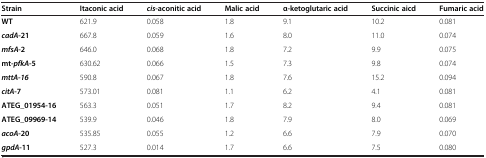
<table><thead><tr><td><b>Strain</b></td><td><b>Itaconic acid</b></td><td><b><i>cis</i>-aconitic acid</b></td><td><b>Malic acid</b></td><td><b>α-ketoglutaric acid</b></td><td><b>Succinic aicd</b></td><td><b>Fumaric acid</b></td></tr></thead><tbody><tr><td><b>WT</b></td><td>621.9</td><td>0.058</td><td>1.8</td><td>9.1</td><td>10.2</td><td>0.081</td></tr><tr><td><b><i>cadA</i></b><b>-21</b></td><td>667.8</td><td>0.059</td><td>1.6</td><td>8.0</td><td>11.0</td><td>0.074</td></tr><tr><td><b><i>mfsA</i></b><b>-2</b></td><td>646.0</td><td>0.068</td><td>1.8</td><td>7.2</td><td>9.9</td><td>0.075</td></tr><tr><td><b>mt</b><b><i>-pfkA</i></b><b>-5</b></td><td>630.62</td><td>0.066</td><td>1.5</td><td>7.3</td><td>9.8</td><td>0.074</td></tr><tr><td><b><i>mttA-16</i></b></td><td>590.8</td><td>0.067</td><td>1.8</td><td>7.6</td><td>15.2</td><td>0.094</td></tr><tr><td><b><i>citA</i></b><b>-7</b></td><td>573.01</td><td>0.081</td><td>1.1</td><td>6.2</td><td>4.1</td><td>0.081</td></tr><tr><td><b>ATEG_01954-16</b></td><td>563.3</td><td>0.051</td><td>1.7</td><td>8.2</td><td>9.4</td><td>0.081</td></tr><tr><td><b>ATEG_09969-14</b></td><td>539.9</td><td>0.046</td><td>1.8</td><td>7.9</td><td>8.0</td><td>0.069</td></tr><tr><td><b><i>acoA</i></b><b>-20</b></td><td>535.85</td><td>0.055</td><td>1.2</td><td>6.6</td><td>7.9</td><td>0.070</td></tr><tr><td><b><i>gpdA</i></b><b>-11</b></td><td>527.3</td><td>0.014</td><td>1.7</td><td>6.6</td><td>7.5</td><td>0.080</td></tr></tbody></table>